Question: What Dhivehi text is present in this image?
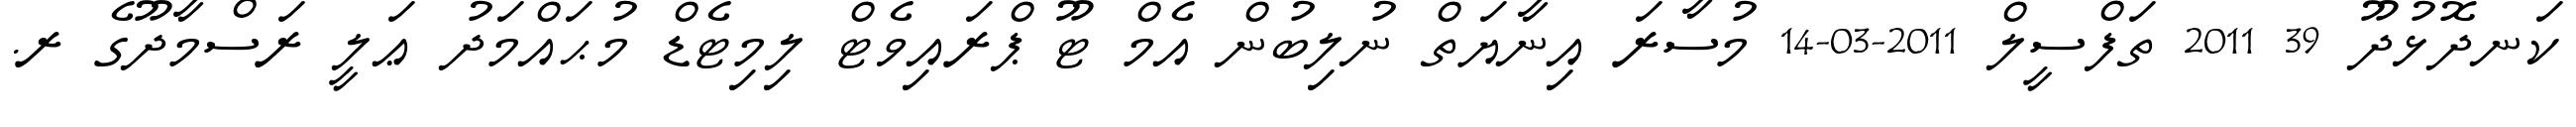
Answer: ކަނދޮޅުދޫ 39 2011 ތަފްސީލް 2011-03-14 މުސާރަ އިނާޔަތް ނުލިބުން އެމް ޓޫ ޕްރައިވެޓް ލިމިޓެޑް މުޙައްމަދު ޢަލީ ރަސްމާދޫގެ ރ.